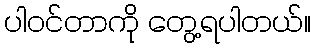
ပါဝင်တာကို တွေ့ရပါတယ်။